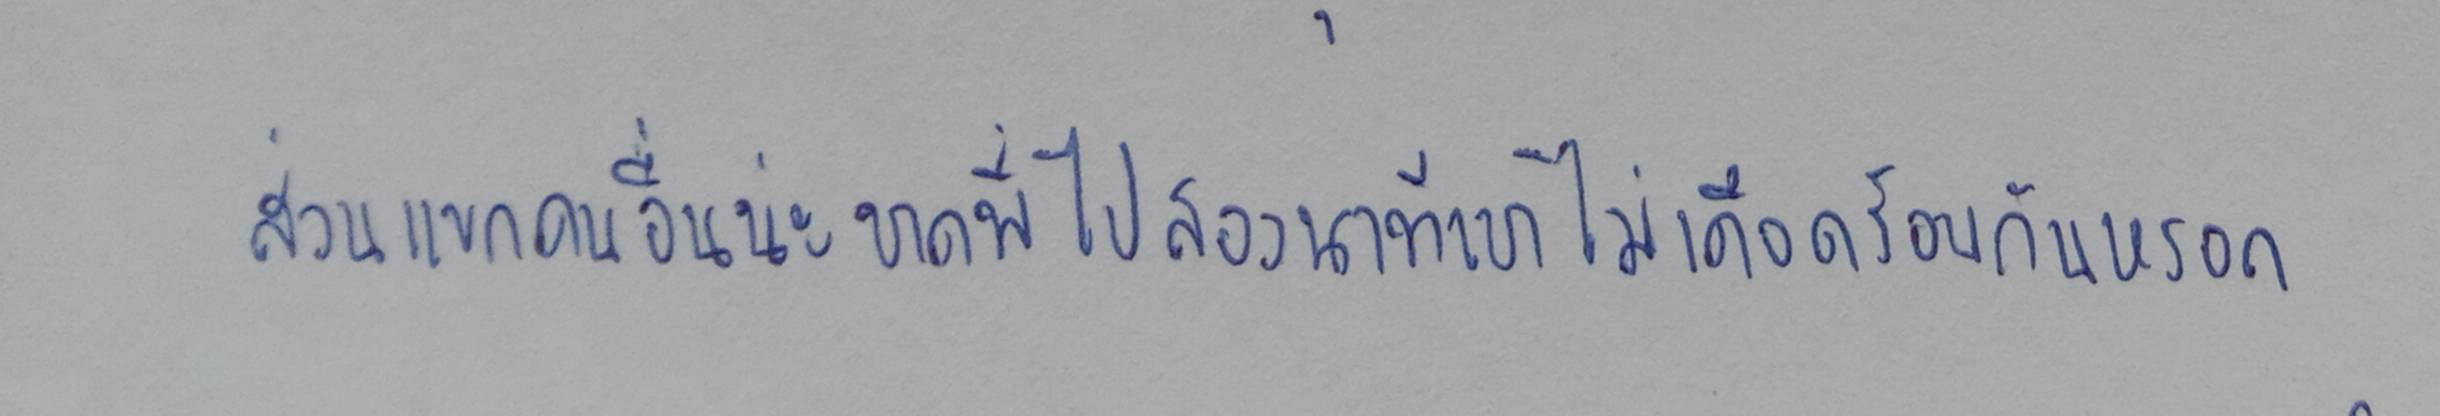
ส่วนแขกคนอื่นน่ะขาดพี่ไปสองนาทีเขาไม่เดือดร้อนกันหรอก